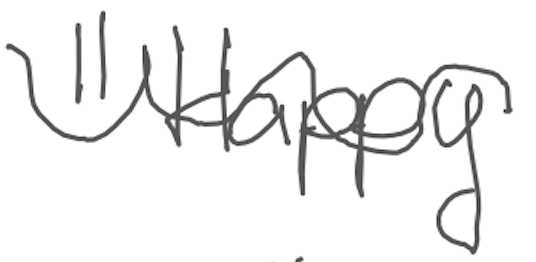
Text: "Happy
Cross-out: wave
Writing tool: digital_gray